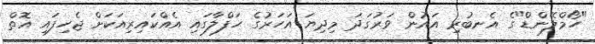
"ހޯމްލޭންޑް"ގެ އެނބުރި އައުން ވަރުގަދަ މިދިޔަ އަހަރުގެ ހަފްލާގައި އެއްކައިރިއަކަށް ޖެހިފައި އޮތް